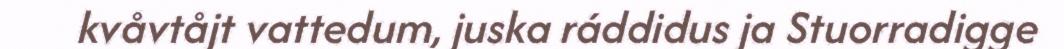
kvåvtåjt vattedum, juska ráddidus ja Stuorradigge